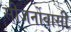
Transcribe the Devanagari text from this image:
सीजर्नोवासी